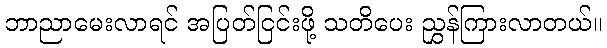
ဘာညာမေးလာရင် အပြတ်ငြင်းဖို့ သတိပေး ညွှန်ကြားလာတယ်။